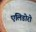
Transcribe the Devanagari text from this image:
एलिडोरो